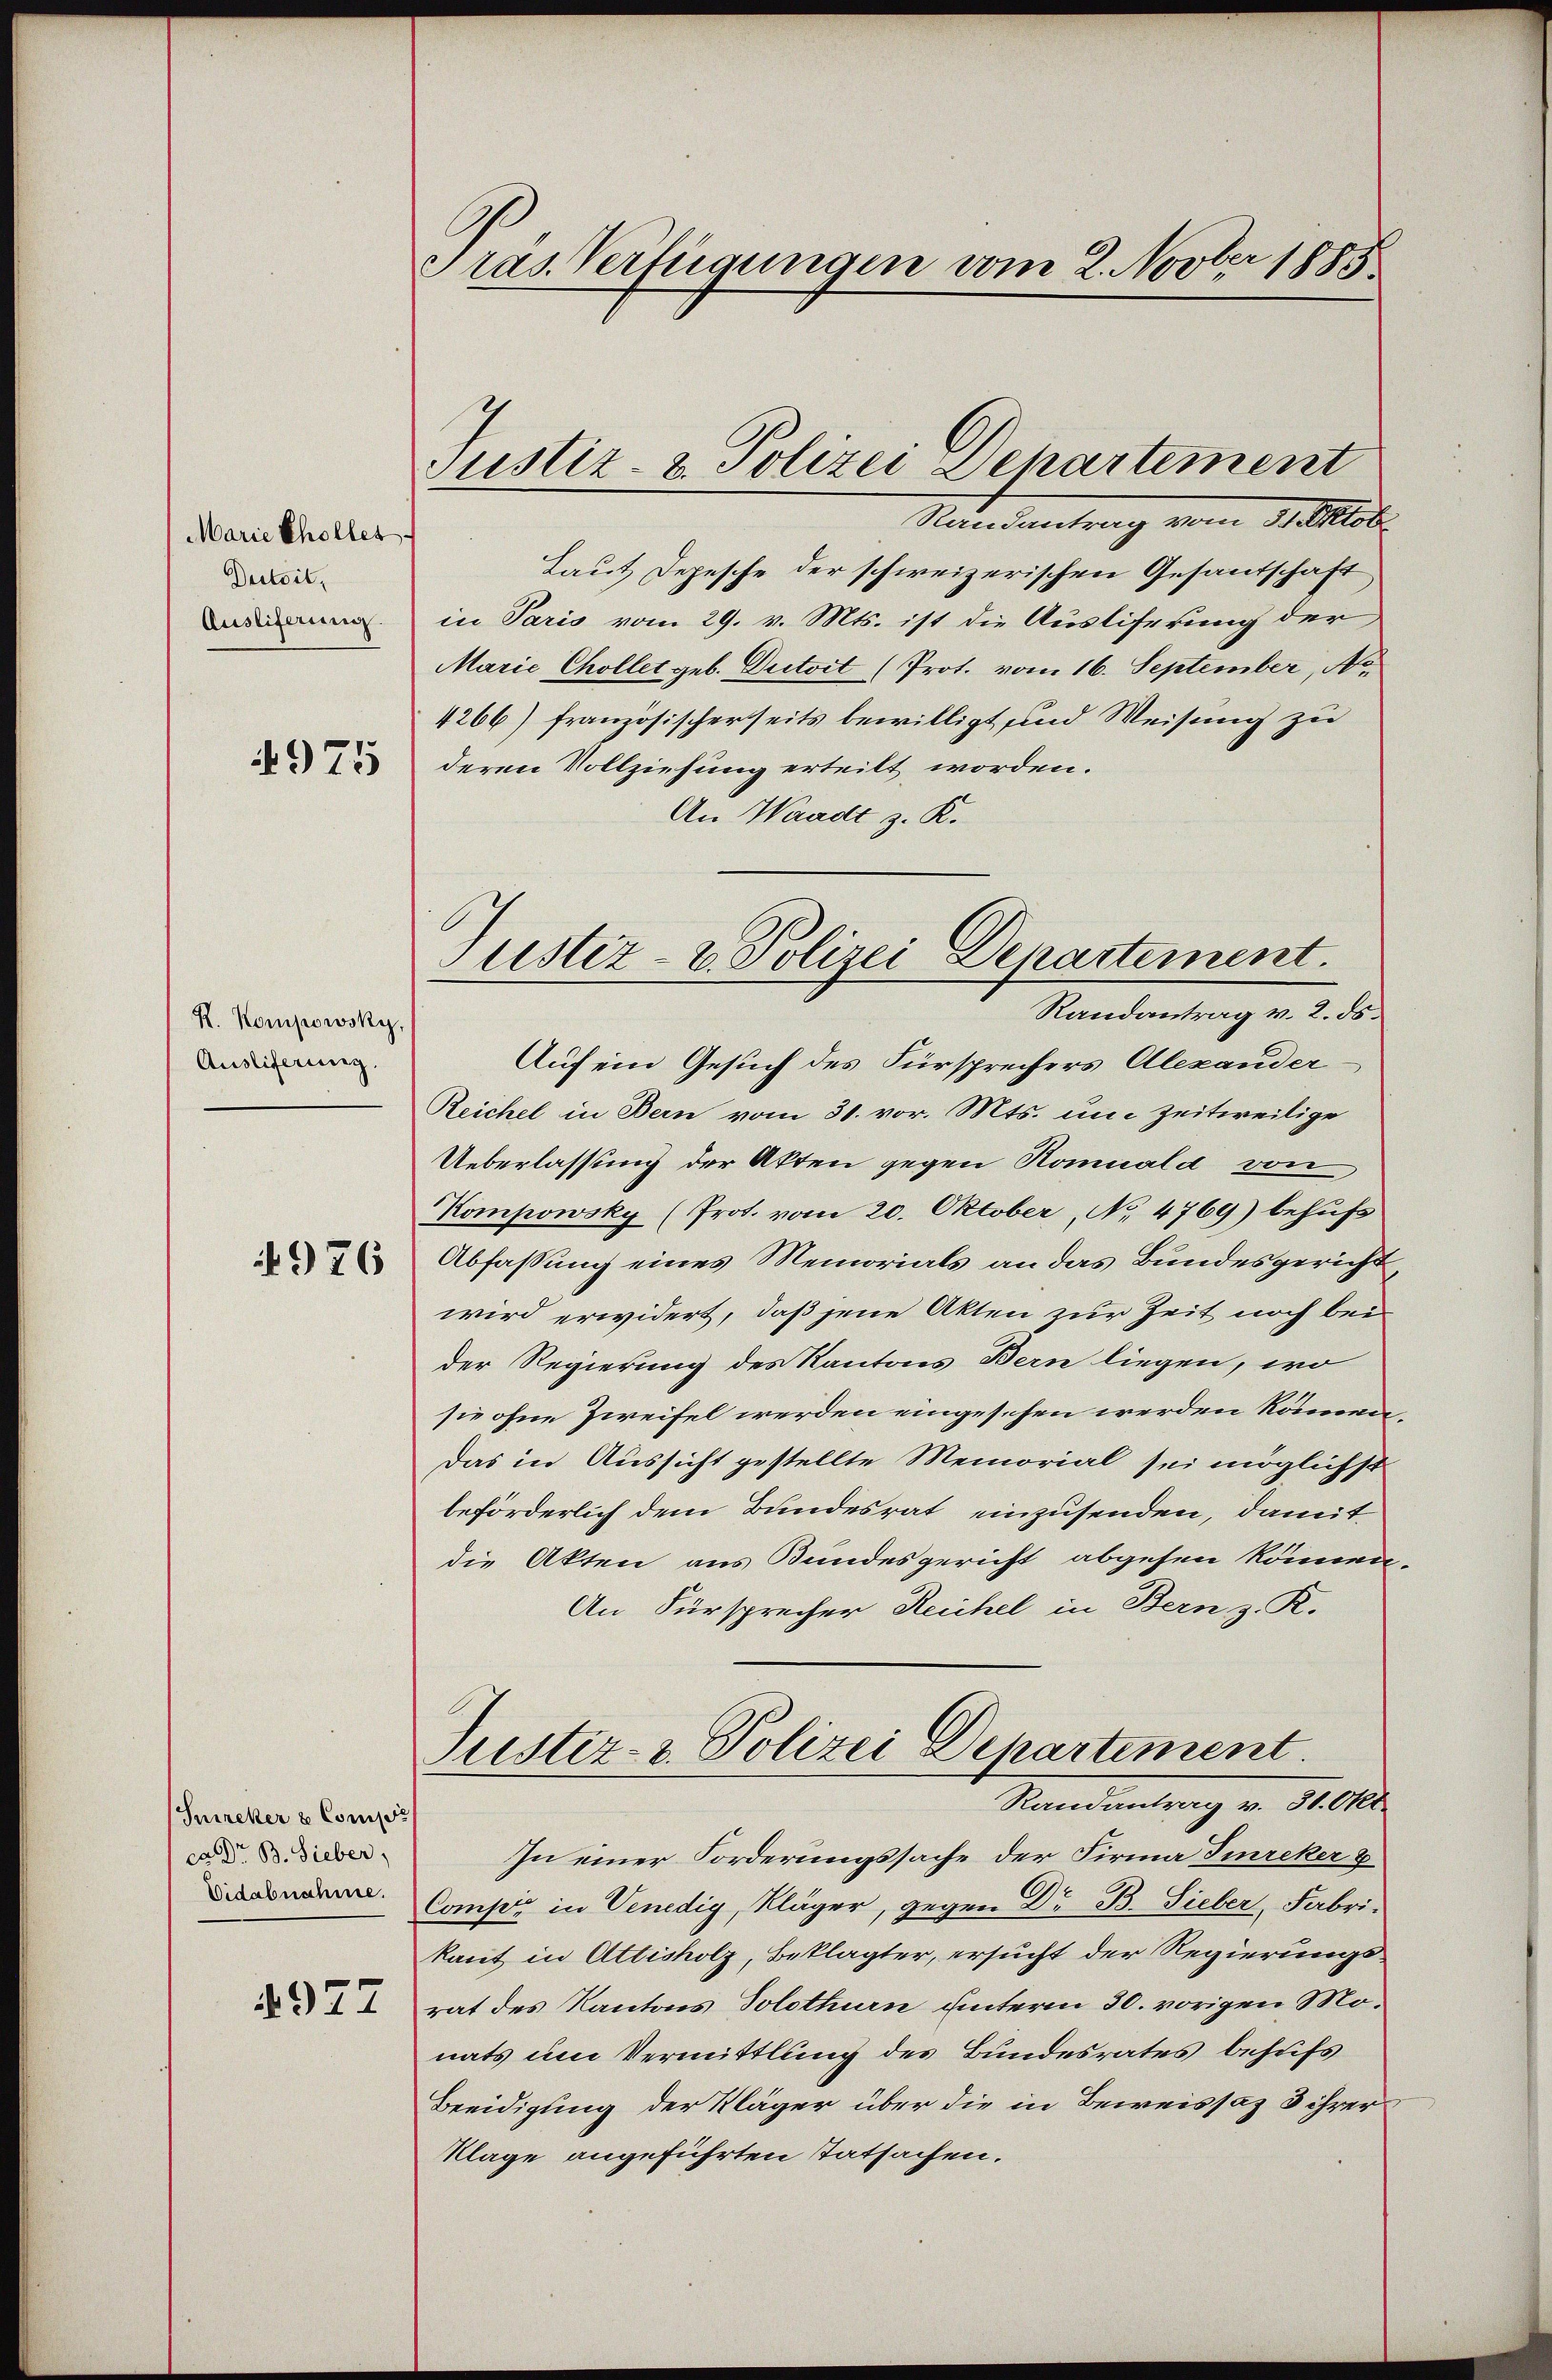
Marie Cholles
Durtoit,
Auslieferung.

4975

R. Kompowsky,
Auslieferung.

976

Sureker & Compr
ca Dr. B. Sieber,
Vidabnahme.

977

Pras. Verfügungen vom 2. Novber 1883

Justiz- & Polizei Departement

Standentrag vom 21. Mobi
Laut Depesche der schweizerischen Gesandschaft
in Paris vom 29. v. Mts. ist die Ausliferung der
Marie Chollet geb. Dutoit (Prot. vom 16. September, No.
4266) französischerseits bewilligt und Weisung zu
deren Vollziehung erteilt worden.
An Waadt z. K.
Auf ein Gesuch des Fürsprechers Alexander
Reichel in Bern vom 30. vor. Mts. um Zeitweilige
Ueberlassung der Akten gegen Komuald von
Kompowsky (Prot. vom 20. Oktober, No. 4769) behufs
Abfassung eines Memorials an das Bundesgericht,
wird erwidert, daß jene Akten zur Zeit noch bei
der Regierung des Kantons Bern liegen, wo
sie ohne Zweifel werden eingesehen werden können.
das in Aussicht gestellte Memorial sei möglichst
beförderlich dem Bundesrat einzusenden, damit
die Akten aus Bundesgericht abgesen können.
An Fürsprecher Reichel in Bern z. R.
Justiz- & Polizei Departement.
Randantrag v. 30. Okt.
In einer Forderungssache der Firma Direker u
Comp. in Venedig, Kläger, gegen Dr. B. Sieber, Fabrikant in Attisholz, Beklagter, ersucht der Regierungsrat des Kantons Solothurn unterm 30. vorigen Monats um Vermittlung des Bundesrates behufs
Beeidigung der Kläger über die in Beweissaz 3 ihrer
Klage angeführten Tatsachen.

Justiz- & Polizei Departement.
Randantrag v. 2. ds.